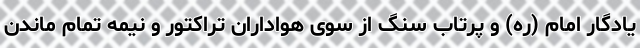
یادگار امام (ره) و پرتاب سنگ از سوی هواداران تراکتور و نیمه تمام ماندن